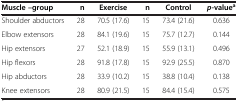
<table><thead><tr><td><b>Muscle –group</b></td><td><b>n</b></td><td><b>Exercise</b></td><td><b>n</b></td><td><b>Control</b></td><td><b><i>p-</i>value<sup>a</sup></b></td></tr></thead><tbody><tr><td>Shoulder abductors</td><td>28</td><td>70.5 (17.6)</td><td>15</td><td>73.4 (21.6)</td><td>0.636</td></tr><tr><td>Elbow extensors</td><td>28</td><td>84.1 (19.6)</td><td>15</td><td>75.7 (12.7)</td><td>0.144</td></tr><tr><td>Hip extensors</td><td>27</td><td>52.1 (18.9)</td><td>15</td><td>55.9 (13.1)</td><td>0.496</td></tr><tr><td>Hip flexors</td><td>28</td><td>91.8 (17.8)</td><td>15</td><td>92.9 (25.5)</td><td>0.870</td></tr><tr><td>Hip abductors</td><td>28</td><td>33.9 (10.2)</td><td>15</td><td>38.8 (10.4)</td><td>0.138</td></tr><tr><td>Knee extensors</td><td>28</td><td>80.9 (21.5)</td><td>15</td><td>84.4 (15.4)</td><td>0.575</td></tr></tbody></table>